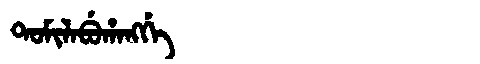
Manchu: ᡨᠣᠮᡳᠯᠠᠪᡠᡥᠠᠩᡤᡝ
Romanization: TOMILABUHANGGE